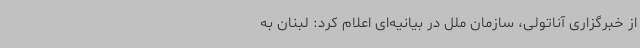
از خبرگزاری آناتولی، سازمان ملل در بیانیه‌ای اعلام کرد: لبنان به